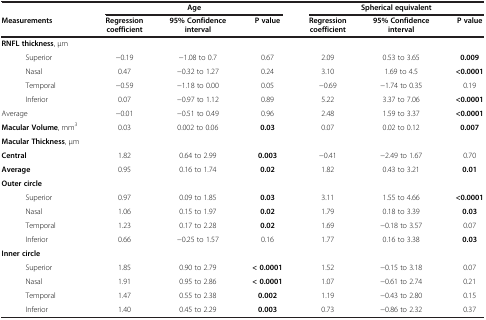
<table><thead><tr><td><b> </b></td><td colspan="3"><b>Age</b></td><td colspan="3"><b>Spherical equivalent</b></td></tr><tr><td><b>Measurements</b></td><td><b>Regression coefficient</b></td><td><b>95% Confidence interval</b></td><td><b>P value</b></td><td><b>Regression coefficient</b></td><td><b>95% Confidence interval</b></td><td><b>P value</b></td></tr></thead><tbody><tr><td><b>RNFL thickness</b>, μm</td><td> </td><td> </td><td> </td><td> </td><td> </td><td> </td></tr><tr><td>Superior</td><td>−0.19</td><td>−1.08 to 0.7</td><td>0.67</td><td>2.09</td><td>0.53 to 3.65</td><td><b>0.009</b></td></tr><tr><td>Nasal</td><td>0.47</td><td>−0.32 to 1.27</td><td>0.24</td><td>3.10</td><td>1.69 to 4.5</td><td><b>&lt;0.0001</b></td></tr><tr><td>Temporal</td><td>−0.59</td><td>−1.18 to 0.00</td><td>0.05</td><td>−0.69</td><td>−1.74 to 0.35</td><td>0.19</td></tr><tr><td>Inferior</td><td>0.07</td><td>−0.97 to 1.12</td><td>0.89</td><td>5.22</td><td>3.37 to 7.06</td><td><b>&lt;0.0001</b></td></tr><tr><td>Average</td><td>−0.01</td><td>−0.51 to 0.49</td><td>0.96</td><td>2.48</td><td>1.59 to 3.37</td><td><b>&lt;0.0001</b></td></tr><tr><td><b>Macular Volume</b>, mm<sup>3</sup></td><td>0.03</td><td>0.002 to 0.06</td><td><b>0.03</b></td><td>0.07</td><td>0.02 to 0.12</td><td><b>0.007</b></td></tr><tr><td><b>Macular Thickness</b>, μm</td><td> </td><td> </td><td> </td><td> </td><td> </td><td> </td></tr><tr><td><b>Central</b></td><td>1.82</td><td>0.64 to 2.99</td><td><b>0.003</b></td><td>−0.41</td><td>−2.49 to 1.67</td><td>0.70</td></tr><tr><td><b>Average</b></td><td>0.95</td><td>0.16 to 1.74</td><td><b>0.02</b></td><td>1.82</td><td>0.43 to 3.21</td><td><b>0.01</b></td></tr><tr><td><b>Outer circle</b></td><td> </td><td> </td><td> </td><td> </td><td> </td><td> </td></tr><tr><td>Superior</td><td>0.97</td><td>0.09 to 1.85</td><td><b>0.03</b></td><td>3.11</td><td>1.55 to 4.66</td><td><b>&lt;0.0001</b></td></tr><tr><td>Nasal</td><td>1.06</td><td>0.15 to 1.97</td><td><b>0.02</b></td><td>1.79</td><td>0.18 to 3.39</td><td><b>0.03</b></td></tr><tr><td>Temporal</td><td>1.23</td><td>0.17 to 2.28</td><td><b>0.02</b></td><td>1.69</td><td>−0.18 to 3.57</td><td>0.07</td></tr><tr><td>Inferior</td><td>0.66</td><td>−0.25 to 1.57</td><td>0.16</td><td>1.77</td><td>0.16 to 3.38</td><td><b>0.03</b></td></tr><tr><td><b>Inner circle</b></td><td> </td><td> </td><td> </td><td> </td><td> </td><td> </td></tr><tr><td>Superior</td><td>1.85</td><td>0.90 to 2.79</td><td><b>&lt; 0.0001</b></td><td>1.52</td><td>−0.15 to 3.18</td><td>0.07</td></tr><tr><td>Nasal</td><td>1.91</td><td>0.95 to 2.86</td><td><b>&lt; 0.0001</b></td><td>1.07</td><td>−0.61 to 2.74</td><td>0.21</td></tr><tr><td>Temporal</td><td>1.47</td><td>0.55 to 2.38</td><td><b>0.002</b></td><td>1.19</td><td>−0.43 to 2.80</td><td>0.15</td></tr><tr><td>Inferior</td><td>1.40</td><td>0.45 to 2.29</td><td><b>0.003</b></td><td>0.73</td><td>−0.86 to 2.32</td><td>0.37</td></tr></tbody></table>